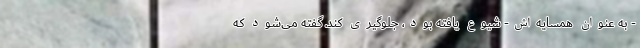
- به عنوان همسایه‌اش- شیوع یافته بود، جلوگیری کند. گفته می‌شود که